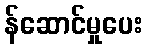
န်ဆောင်မှုပေး